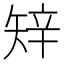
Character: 𥏔